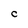
Character: C